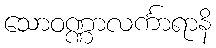
သောဝဏ္ဏာလင်္ကာရာနိ